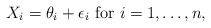
\begin{align*} X_i = \theta_i + \epsilon_i \mbox{ for } i =1,\dots,n, \end{align*}